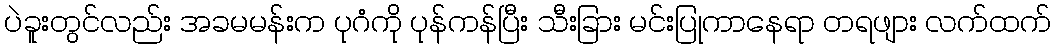
ပဲခူးတွင်လည်း အခမမန်းက ပုဂံကို ပုန်ကန်ပြီး သီးခြား မင်းပြုကာနေရာ တရဖျား လက်ထက်